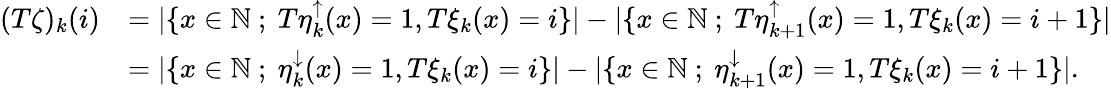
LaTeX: \begin{array}{rl}{(T\zeta)_{k}(i)}&{=|\{ x\in{\mathbb{N}}\ ;\ T\eta_{k}^{\uparrow}(x)=1,T\xi_{k}(x)=i\} |-|\{ x\in{\mathbb{N}}\ ;\ T\eta_{k+1}^{\uparrow}(x)=1,T\xi_{k}(x)=i+1\} |}\\ &{=|\{ x\in{\mathbb{N}}\ ;\ \eta_{k}^{\downarrow}(x)=1,T\xi_{k}(x)=i\} |-|\{ x\in{\mathbb{N}}\ ;\ \eta_{k+1}^{\downarrow}(x)=1,T\xi_{k}(x)=i+1\} |.}\end{array}